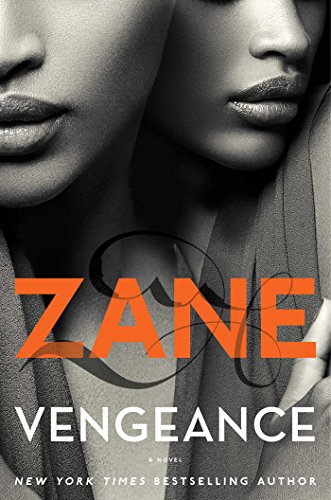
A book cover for Vengeance: A Novel; Zane; Romance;